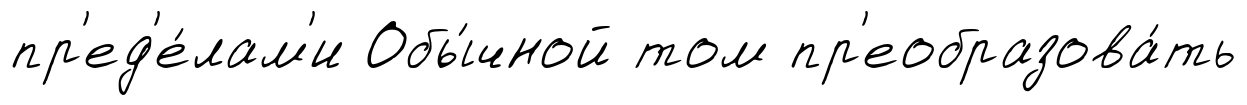
пр'ед'е́лам'и Обы́чной том пр'еобразова́ть